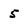
Character: 5